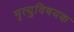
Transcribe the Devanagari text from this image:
मृत्युविषयक